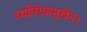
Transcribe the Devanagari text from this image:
व्यतिरेकमुखेन।